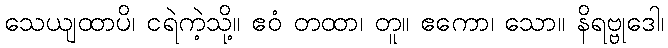
သေယျထာပိ၊ ငရဲကဲ့သို့။ ဧဝံ တထာ၊ တူ။ ဧကော၊ သော။ နိရဗ္ဗုဒေါ၊